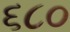
૬૮૦